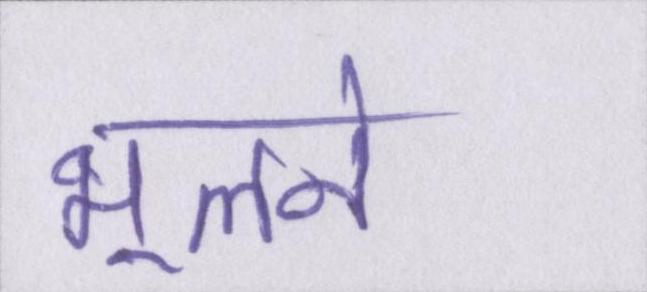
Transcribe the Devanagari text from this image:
भूलने